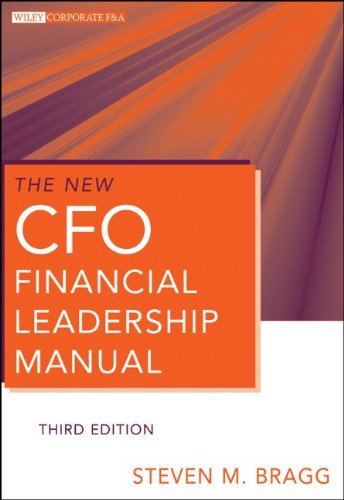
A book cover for The New CFO Financial Leadership Manual; Steven M. Bragg; Business & Money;